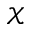
\mathcal { X }